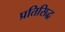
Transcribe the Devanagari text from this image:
प्रतिसिद्ध